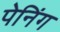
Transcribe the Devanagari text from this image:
पेनिंग